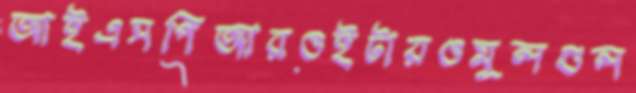
আইএসপিআরওইটারওমূলগুল